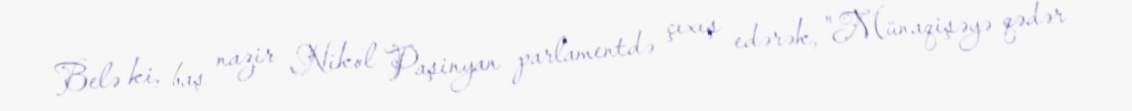
Belə ki, baş nazir Nikol Paşinyan parlamentdə çıxış edərək, "Münaqişəyə qədər